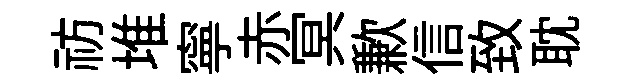
祊堆寧赤冥歉信致耽